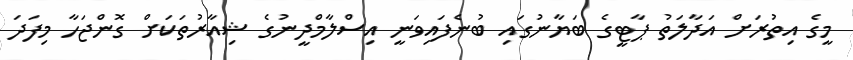
މީގެ އިތުރަށް އަދާލަތު ޕާޓީގެ ބަޔާނުގައި ބުނެފައިވަނީ އިސްލާމްދީނުގެ ޝިއާރުތަކަށް ގޮންޖަހާ މިފަދަ